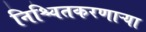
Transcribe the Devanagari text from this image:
निश्चितकरणाऱ्या